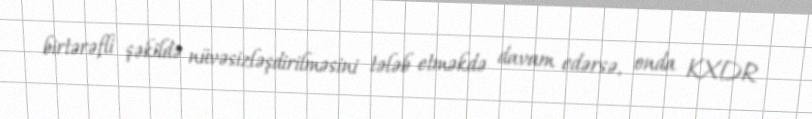
birtərəfli şəkildə nüvəsizləşdirilməsini tələb etməkdə davam edərsə, onda KXDR